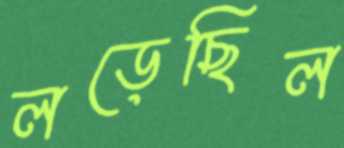
লড়েছিল